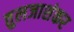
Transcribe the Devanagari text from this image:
तुलजाशंकर